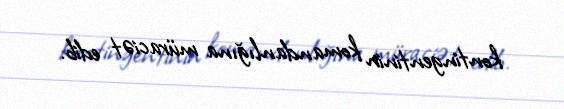
kontingentinin komandanlığına müraciət edib.